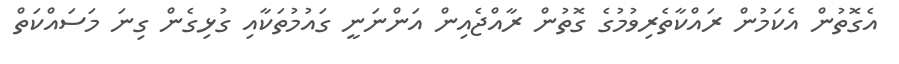
އެގޮތުން އެކަމުން ރައްކާތެރިވުމުގެ ގޮތުން ރާއްޖެއިން އަންނަނީ ގައުމުތަކާއި ގުޅިގެން ގިނަ މަސައްކަތް